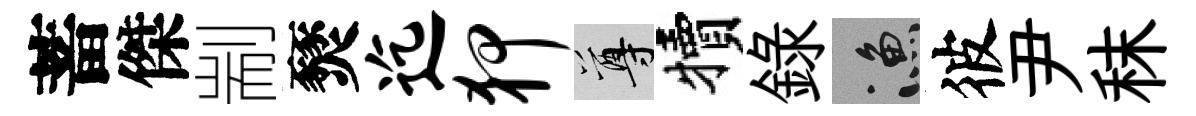
蓄傑剬燹迄狎尊犢録漁彼尹秣